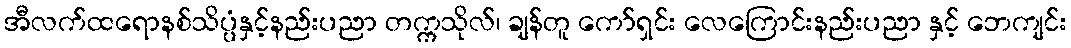
အီလက်ထရောနစ်သိပ္ပံနှင့်နည်းပညာ တက္ကသိုလ်၊ ချန်တူ ကော်ရှင်း လေကြောင်းနည်းပညာ နှင့် ဘေကျင်း